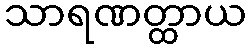
သာရဏတ္ထာယ